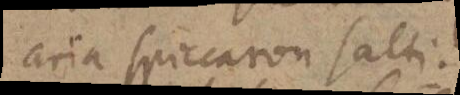
aria spiccaron salti.